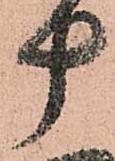
十